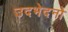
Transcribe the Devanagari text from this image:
उदभेदनो